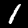
Label: 1